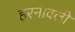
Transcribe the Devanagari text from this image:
हरनावली